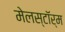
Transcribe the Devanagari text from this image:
मेलस्टाॅर्म